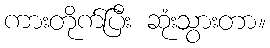
ကားတိုက်ပြီး ဆုံးသွားတာ။